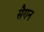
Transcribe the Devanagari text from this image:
सैगन